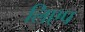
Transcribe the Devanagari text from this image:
लिएप